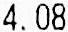
4.08